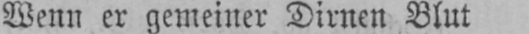
Wenn er gemeiner Dirnen Blut